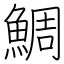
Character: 鯛